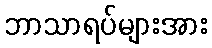
ဘာသာရပ်များအား